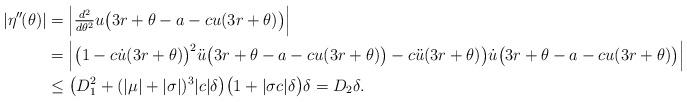
LaTeX: \begin{align*}|\eta''^{\!}(\theta)|&=\Bigl|\tfrac{d^2}{d\theta^2}u\bigl(3r+\theta-a-cu(3r+\theta)\bigr)\Bigr|\\& =\Bigl|\bigl(1-c\dot{u}(3r+\theta)\bigr)^2\ddot{u}\bigl(3r+\theta-a-cu(3r+\theta)\bigr)-c\ddot{u}(3r+\theta)\bigr)\dot{u}\bigl(3r+\theta-a-cu(3r+\theta)\bigr)\Bigr|\\& \leq\bigl(D_1^2 +(|\mu|+|\sigma|)^3|c|\delta\bigr)\bigl(1+|\sigma c|\delta\bigr)\delta=D_2 \delta.\end{align*}